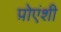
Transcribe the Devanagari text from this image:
प़ोएंशी